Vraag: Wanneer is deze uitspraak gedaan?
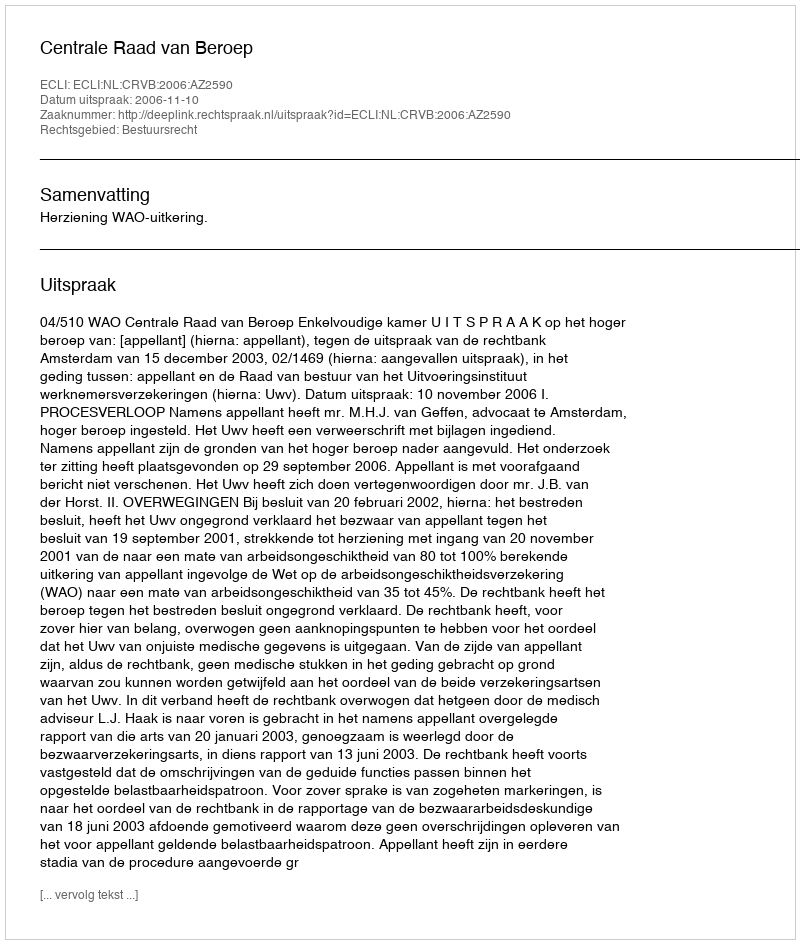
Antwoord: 2006-11-10